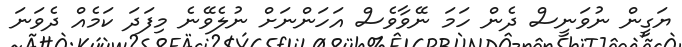
ޔަގީން ނުވަނީސް ދެން ހަމަ ނޭވާވެސް އަހަންނަށް ނުލެވޭނެ މިފަދަ ކަމެއް ދެވަނަ